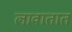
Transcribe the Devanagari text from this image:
लावातात